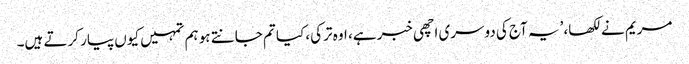
مریم نے لکھا، ’یہ آج کی دوسری اچھی خبر ہے، اوہ ترکی، کیا تم جانتے ہو ہم تمہیں کیوں پیار کرتے ہیں۔